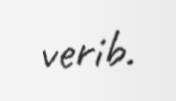
verib.